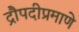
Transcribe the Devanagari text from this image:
द्रौपदीप्रमाणे